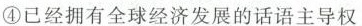
④已经拥有全球经济发展的话语主导权